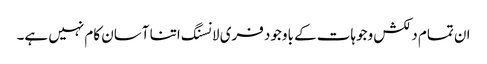
ان تمام دلکش وجوہات کے باوجود فری لانسنگ اتنا آسان کام نہیں ہے۔